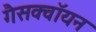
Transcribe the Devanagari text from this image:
गैसक्वॉयन